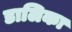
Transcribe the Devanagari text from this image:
डालिका